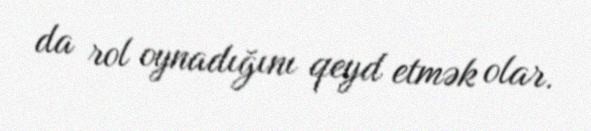
da rol oynadığını qeyd etmək olar.